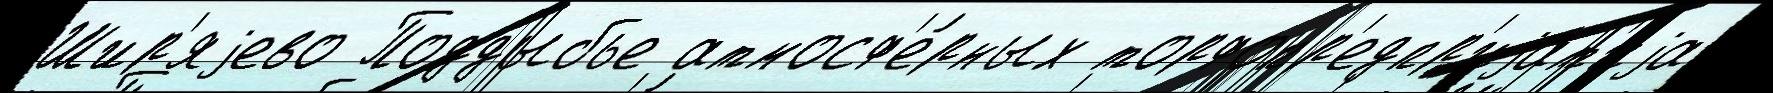
Шир'яjево Поддыбье атмосф'е́рных торфопр'едпр'иjат'иjа